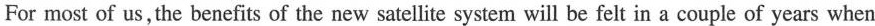
For most of us, the benefits of the new satellite system will be felt in a couple of years when